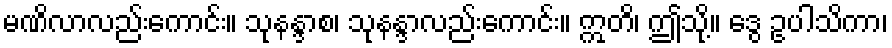
မဏိလာလည်းကောင်း။ သုနန္ဒာစ၊ သုနန္ဒာလည်းကောင်း။ ဣတိ၊ ဤသို့။ ဒွေ ဥပါသိကာ၊